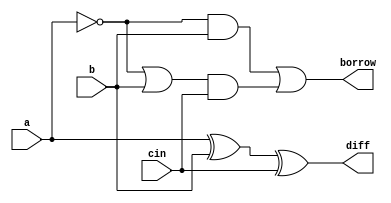
module full_subtractor (input a, b, cin, output diff, borrow);
assign diff = a ^ b ^ cin;
assign borrow = (~a & b) | ((~a | b) & cin);
endmodule